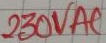
Text: 230VA1